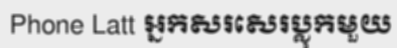
Phone Latt អ្នកសរសេរប្លុកមួយ